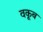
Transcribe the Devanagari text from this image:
वकूब